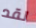
لقد